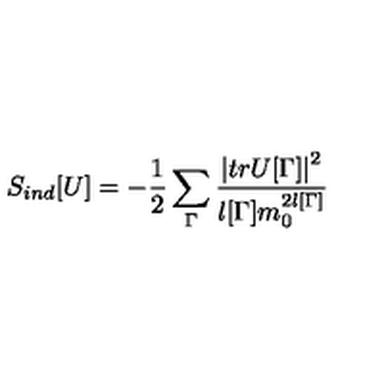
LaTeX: S _ { i n d } [ U ] = - \frac { 1 } { 2 } \sum _ { \Gamma } \frac { \left| t r U [ \Gamma ] \right| ^ { 2 } } { l [ \Gamma ] m _ { 0 } ^ { 2 l [ \Gamma ] } }